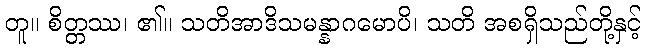
တူ။ စိတ္တဿ၊ ၏။ သတိအာဒိသမန္နာဂမောပိ၊ သတိ အစရှိသည်တို့နှင့်